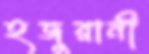
হজুরানী